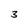
Character: 3